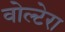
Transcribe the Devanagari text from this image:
वोल्टेरा